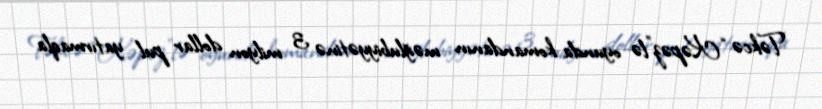
Təkcə “Kəpəz”lə oyunda komandanın məğlubiyyətinə 3 milyon dollar pul yatırmaqla